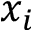
x _ { i }